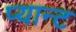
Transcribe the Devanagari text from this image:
प्यान्ट